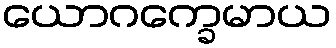
ယောဂက္ခေမာယ